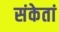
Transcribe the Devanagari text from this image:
संकेतां